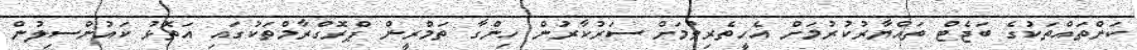
ކަންތައްތަކުގެ ބަޖެޓް ތައްޔާރުކުރުމަށް އެހީތެރިވުމަށް ސަރުކާރުން ހިންގާ ތަމްރީން ޕްރޮގްރާމްތަކުގައި އަތޮޅު ކައުންސިލުން